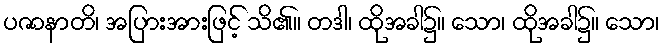
ပဇာနာတိ၊ အပြားအားဖြင့် သိ၏။ တဒါ၊ ထိုအခါ၌။ သော၊ ထိုအခါ၌။ သော၊